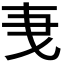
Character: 𬼞